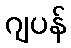
ဂျပန်